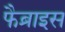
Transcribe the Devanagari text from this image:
फैब्राइस